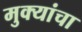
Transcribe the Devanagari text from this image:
मुक्यांचा